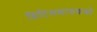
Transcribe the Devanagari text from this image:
ब्रिटिसशासकको